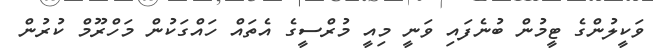
ވަކީލުންގެ ޓީމުން ބުނެފައި ވަނީ މިއީ މުރްސީގެ އެތައް ހައްގަކުން މަހްރޫމް ކުރުން